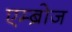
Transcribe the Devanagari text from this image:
एम्ब्रोज